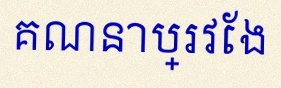
គណនាប្រវែង